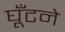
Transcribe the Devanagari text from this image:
घूँटने